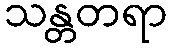
သန္တတရာ